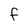
Character: F